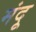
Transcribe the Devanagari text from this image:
मंदू